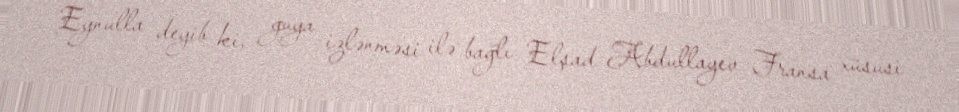
Eynulla deyib ki, guya izlənməsi ilə bağlı Elşad Abdullayev Fransa xüsusi